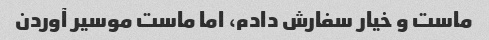
ماست و خیار سفارش دادم، اما ماست موسیر آوردن